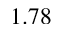
1 . 7 8